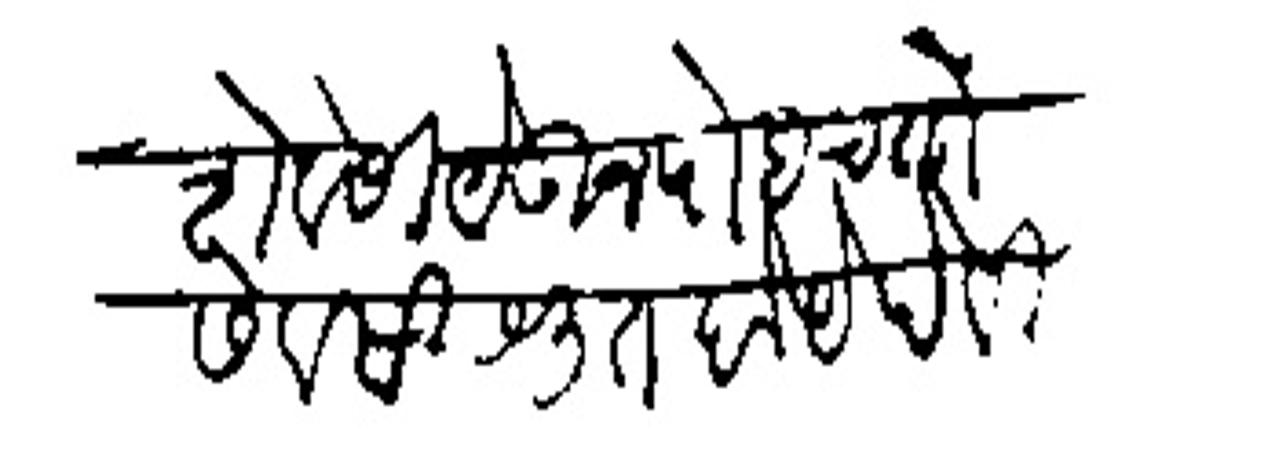
Transliteration (Devanagari): शेवेसी येकन पोहचतो सेवसी श्रुत होये हे विज्ञापना